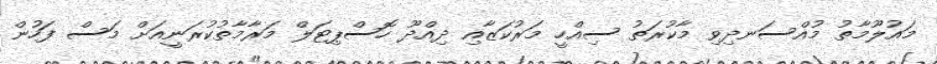
މައުލޫމާތު މުއްސަނދިވި މާކުރަތު ސިއްހީ މަރުކަޒާއި ދިއްދޫ ހޮސްޕިޓަލް މަރާމާތުކުރަނީއަށް މަސް ފަހުން